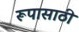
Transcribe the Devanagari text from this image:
रूपासाठी